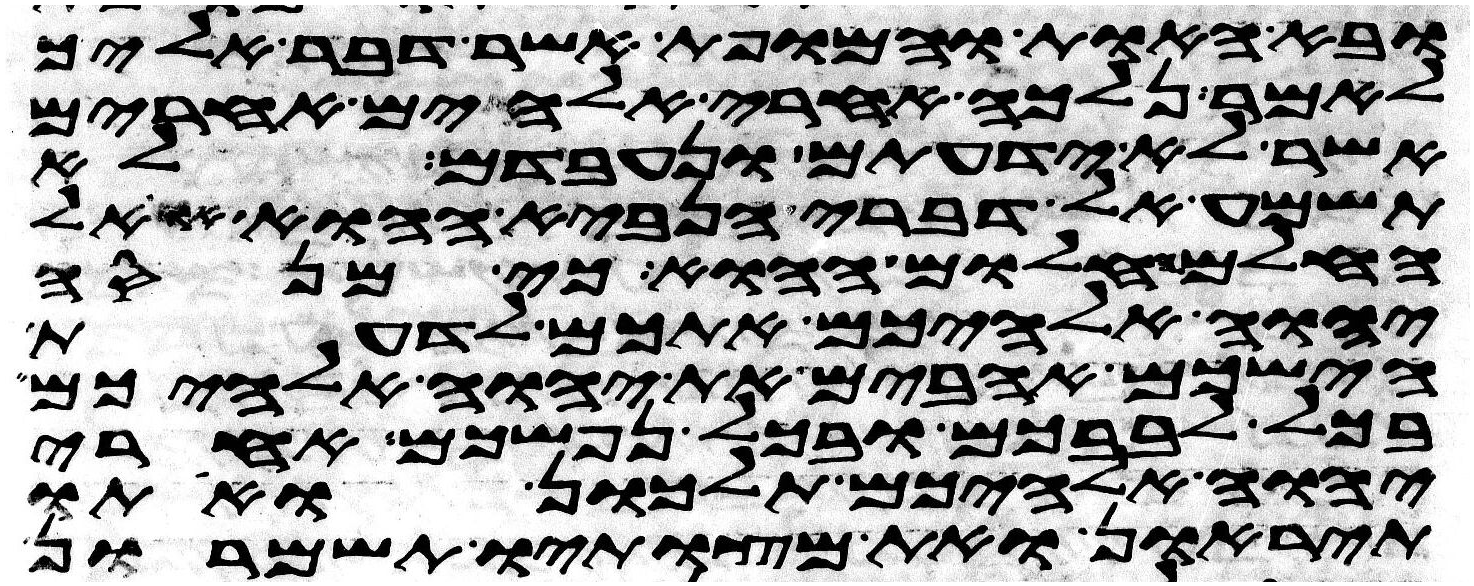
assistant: ובא האות והמופת אשר דבר אליך
לאמר נלכה אחרי אלהים אחרים
אשר לא ידעתם ונעבדם לא
תשמע אל דברי הנביא ההוא או אל
החלם החלום ההוא כי מנסה
יהוה אלהיכם אתכם לדעת
הישכם אהבים את יהוה אלהיכם
בכל לבבכם ובכל נפשכם אחרי
יהוה אלהיכם תלכון ואתו
תיראון ואת מצותיו תשמרון